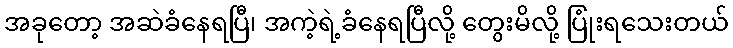
အခုတော့ အဆဲခံနေရပြီ၊ အကဲ့ရဲ့ခံနေရပြီလို့ တွေးမိလို့ ပြုံးရသေးတယ်